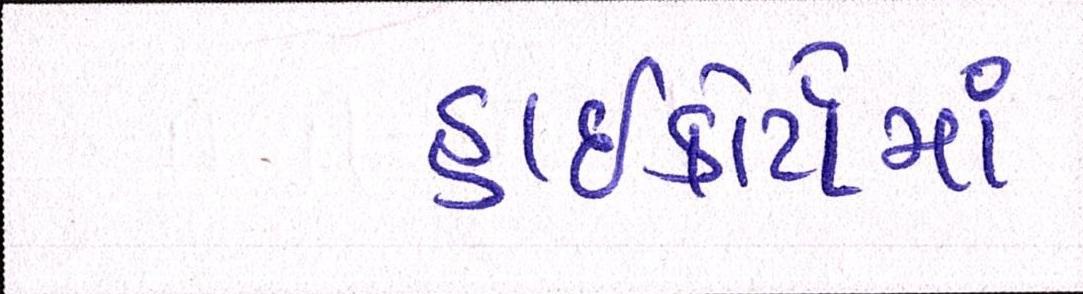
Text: હાઇકોર્ટોમાં